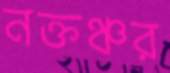
নক্তঞ্চর